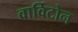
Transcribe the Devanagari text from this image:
वार्विटोन